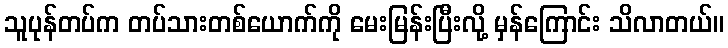
သူပုန်တပ်က တပ်သားတစ်ယောက်ကို မေးမြန်းပြီးလို့ မှန်ကြောင်း သိလာတယ်။